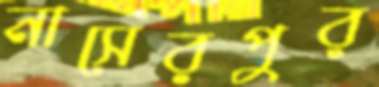
নাসেরপুর